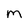
Character: M